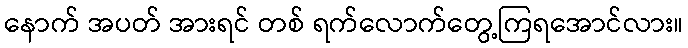
နောက် အပတ် အားရင် တစ် ရက်လောက်တွေ့ကြရအောင်လား။